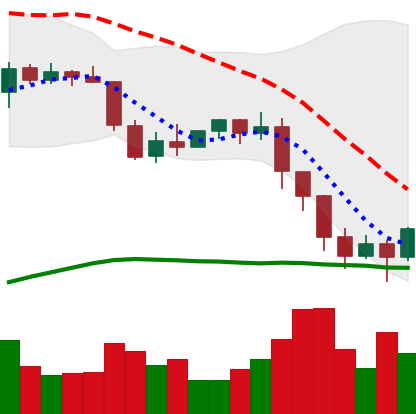
Ticker: ETH-USD
Chart end date: 2022-01-11
Forward return: 3.484%
Label: up_3_5